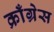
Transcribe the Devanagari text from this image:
क्राँग्रेस